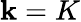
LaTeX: \mathbf{k}=K